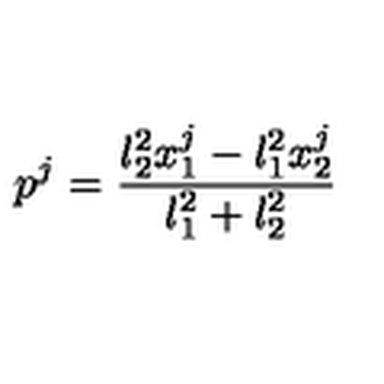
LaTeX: p ^ { j } = \frac { \l _ { 2 } ^ { 2 } x _ { 1 } ^ { j } - \l _ { 1 } ^ { 2 } x _ { 2 } ^ { j } } { \l _ { 1 } ^ { 2 } + \l _ { 2 } ^ { 2 } }